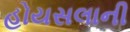
હોયસલાની